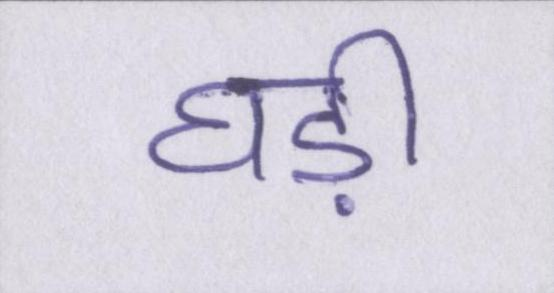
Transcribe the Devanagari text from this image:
घड़ी